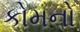
કોમનો